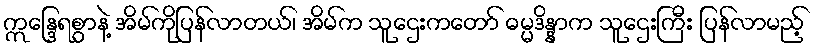
ဣန္ဒြေရစွာနဲ့ အိမ်ကိုပြန်လာတယ်၊ အိမ်က သူဌေးကတော် ဓမ္မဒိန္နာက သူဌေးကြီး ပြန်လာမည့်